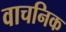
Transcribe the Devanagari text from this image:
वाचनिक